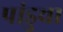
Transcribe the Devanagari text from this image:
पांडुचा